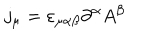
j _ { \mu } = \varepsilon _ { \mu \alpha \beta } \partial ^ { \alpha } A ^ { \beta }